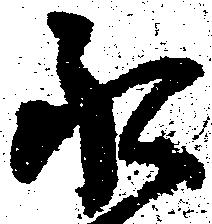
永